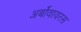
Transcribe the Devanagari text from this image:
अर्बोवायरस